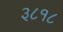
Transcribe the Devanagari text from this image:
३८१८